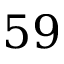
5 9